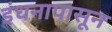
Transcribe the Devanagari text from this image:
इंधनापासून